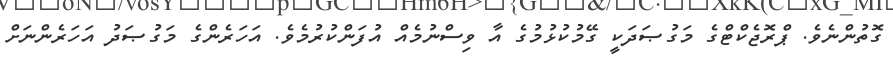
ގޮތުންނެވެ. ޕްރޮޖެކްޓްގެ މަގުޞަދަކީ ގޭމުކުޅުމުގެ އާ ވިސްނުމެއް އުފަންކުރުމެވެ. އަހަރެންގެ މަގުޞަދު އަހަރެންނަށް